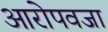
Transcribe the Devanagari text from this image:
आरोपवजा